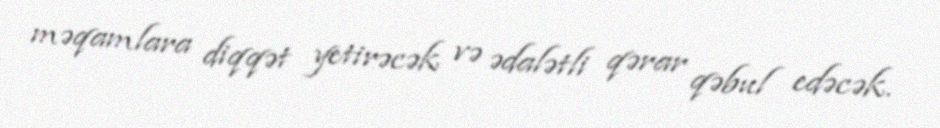
məqamlara diqqət yetirəcək və ədalətli qərar qəbul edəcək.